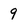
Character: 9